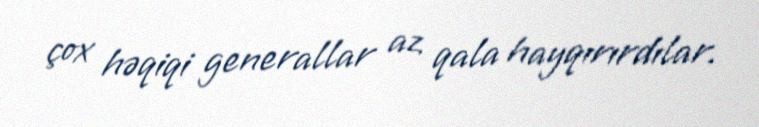
çox həqiqi generallar az qala hayqırırdılar.